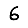
Digit: 6